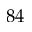
8 4